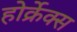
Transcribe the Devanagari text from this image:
होर्क्रेक्स